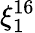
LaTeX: \xi_{1}^{16}